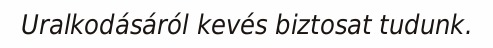
Uralkodásáról kevés biztosat tudunk.